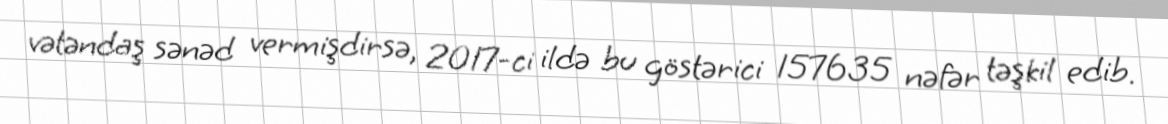
vətəndaş sənəd vermişdirsə, 2017-ci ildə bu göstərici 157635 nəfər təşkil edib.